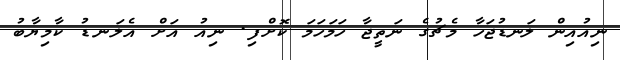
ނިއުއިން ލަނޑުޖަހާ މެޗުގެ ނަތީޖާ ހަމަހަމަ ކޮށްފި. ނިއު އަށް އެލަނޑު ކާމިޔާބު